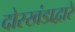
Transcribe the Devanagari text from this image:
दोरखंडाद्वारे